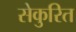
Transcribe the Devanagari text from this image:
सेकुरित